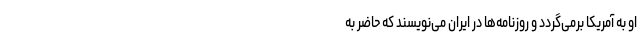
او به آمریکا برمی‌گردد و روزنامه‌ها در ایران می‌نویسند که حاضر به